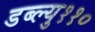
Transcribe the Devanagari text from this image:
डब्ल्यु११०